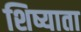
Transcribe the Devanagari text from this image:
शिष्याता